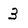
Character: 3